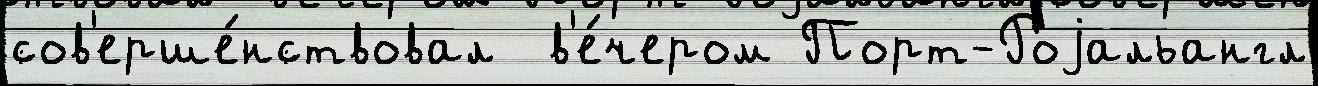
сов'ерше́нствовал  в'е́чером Порт-Роjальангл